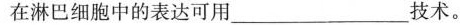
在淋巴细胞中的表达可用___技术。